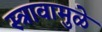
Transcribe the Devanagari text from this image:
स्त्रावामुळे